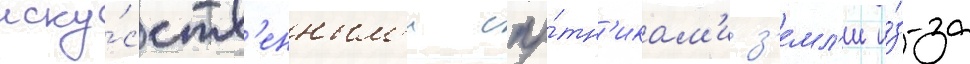
иску́сств'енным'и спу́тн'икам'и з'емл'и и́з-за